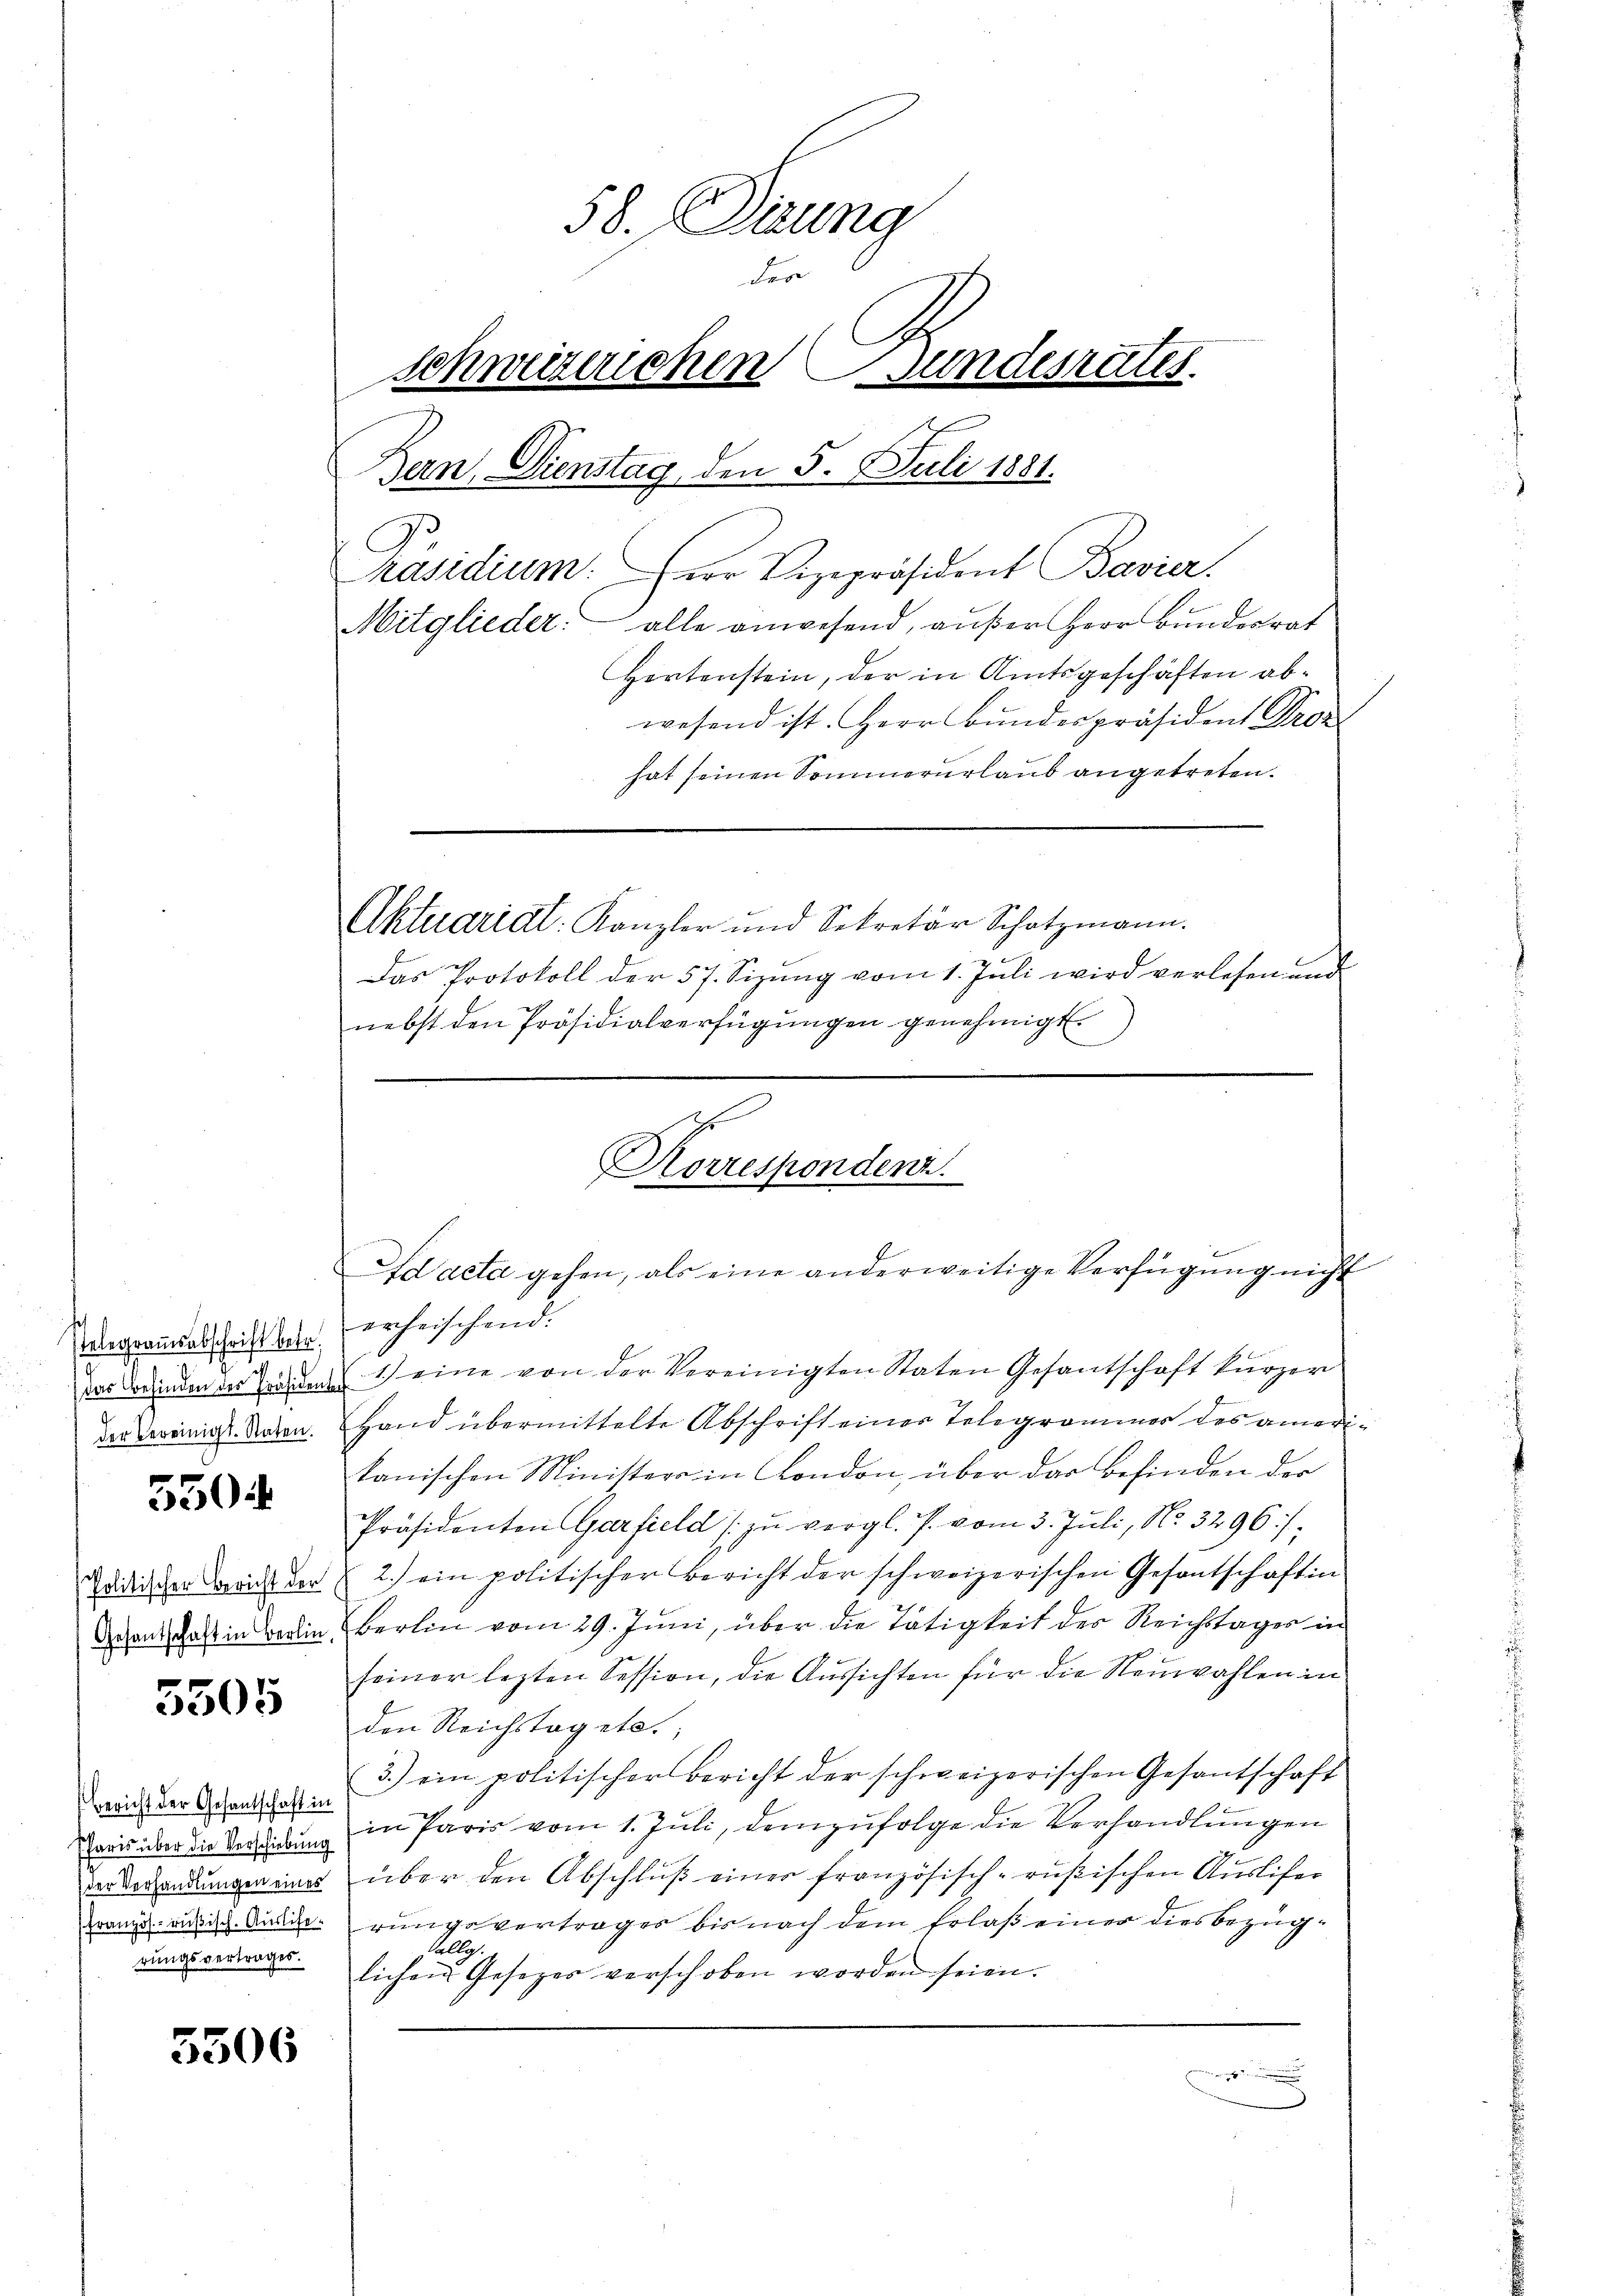
Telegramsabschrift betr.

5504

5505

Bericht der Gesantschaft in
rungsvertrages.

5306

58. Dirung
der
schweizerichen Bundesrates
Bern, Dienstag, den 5. Juli 1881.
g
räsidium. (der Vizepräsident Bavier.
Mitglieder. alle anwesend, außer Herr Bundesrat
Hertenstein, der in Amtsgeschäften abwesend ist. Herr Bunderpräsident Droz
hat seinen Sommerurlaub angetreten.
Aktuariat: Kanzler und Sekretär Schatzmann.
es
Das Protokoll der 57. Sizung vom 1. Juli wird verlesen und
nebst den Präsidialverfügungen genehmigt.

Korrespondenz.
Ad acta gehen, als eine anderweitige Verfügung nicht

erheischend:
das Bunden der in den 1) eine von der Vereinigten Staten Gesantschaft kürzer
der Vereinigs-Raten. Hand übermittelte Abschrift einer Telegrammer des amerikanischen Ministers in London, über das Befinden der
Präsidenten Garfield zŭ vergl. J. vom 3. Juli, No. 3296/
Zeidischer Bei der 2.) ein politischer Bericht der schweizerischen Gesantschaft in
Degen dass in Bedin Berlin vom 29. Juni, über die Tätigkeit des Reichstages in
seiner lezten Session, die Aussichten für die Neuwahlen in
den Reichstag etc.;
3.) ein politischer Bericht der schweizerischen Gesantschaft
karis über die Verstindung in Paris vom 1. Jŭli, demzufolge die Verhandlŭngen
der Verandungen eines über den Abschluß einer französisch-rüßischen Auslifer
Franz an sich Ausierungsvertrages bis nach dem Erlaß einer diesbezüg¬
Calles.
lichen Gesetzes verschoben worden seien.
.